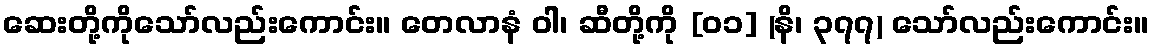
ဆေးတို့ကိုသော်လည်းကောင်း။ တေလာနံ ဝါ၊ ဆီတို့ကို [၀၁] (နိ၊ ၃၇၇) သော်လည်းကောင်း။